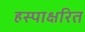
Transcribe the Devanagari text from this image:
हस्पाक्षरित